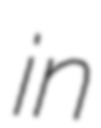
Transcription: in